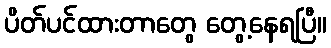
ပိတ်ပင်ထားတာတွေ တွေ့နေရပြီ။